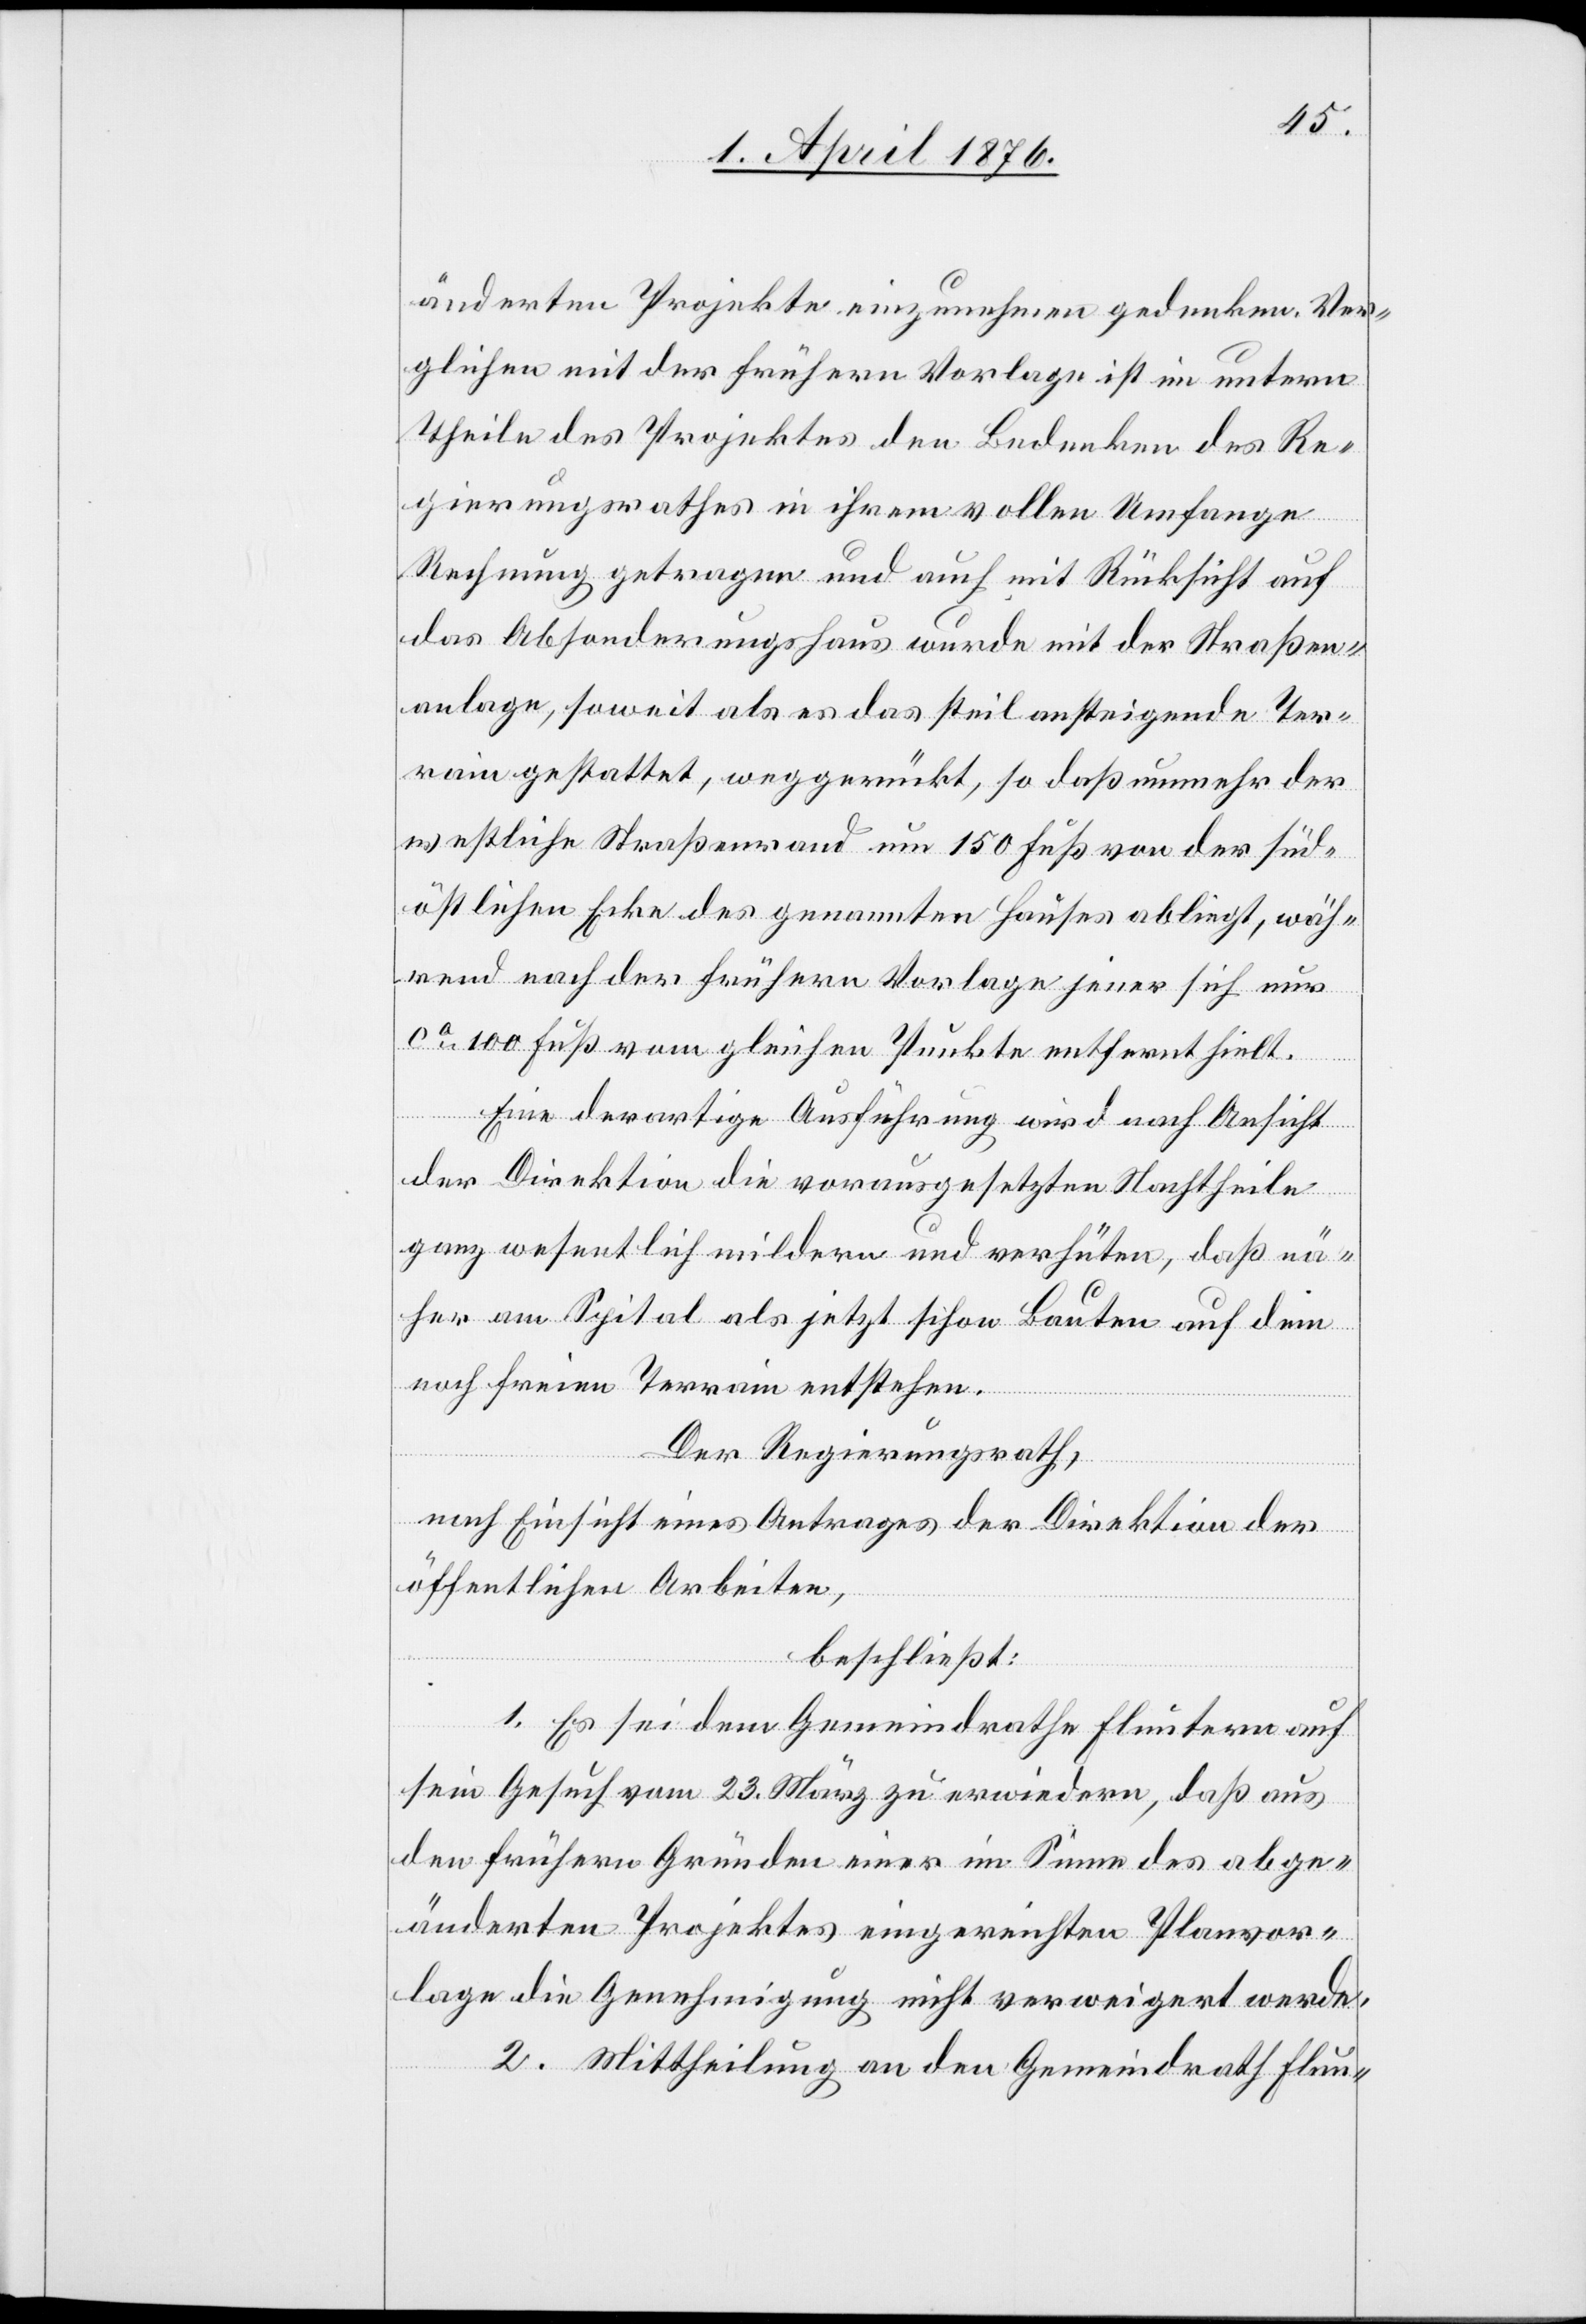
änderten Projekte einzunehmen gedenken. Ver¬
glichen mit der frühern Vorlage ist im untern
Theile des Projektes den Bedenken des Re¬
gierungsrathes in ihrem vollen Umfange
Rechnung getragen und auch mit Rücksicht auf
das Absonderungshaus wurde mit der Straßen¬
anlage, soweit als es das steil ansteigende Ter¬
rain gestattet, weggerückt, so daß nunmehr der
westliche Straßenrand um 150 Fuß von der süd¬
östlichen Ecke des genannten Hauses abliegt, wäh¬
rend nach der frühern Vorlage jener sich aus
ca 100 Fuß vom gleichen Punkte entfernt hielt.
Eine derartige Ausführung wird nach Ansicht
der Direktion die vorausgesetzten Nachtheile
ganz wesentlich mildern und verhüten, daß nä¬
her am Spital als jetzt schon Bauten auf dem
noch freien Terrain entstehen.
Der Regierungsrath,
nach Einsicht eines Antrages der Direktion der
öffentlichen Arbeiten,
beschließt:
1. Es sei dem Gemeindrathe Fluntern auf
sein Gesuch vom 23. März zu erwiedern, daß aus
den frühern Gründen einer im Sinne des abge¬
änderten Projektes eingereichten Planvor¬
lage die Genehmigung nicht verweigert werde.
2. Mittheilung an den Gemeindrath Flun-